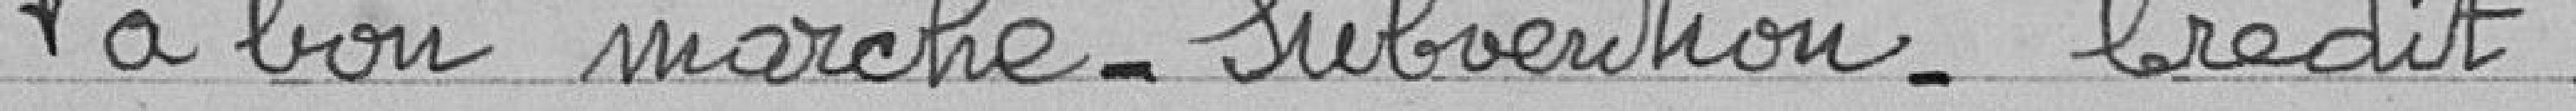
à bon marché - Subvention - Crédit